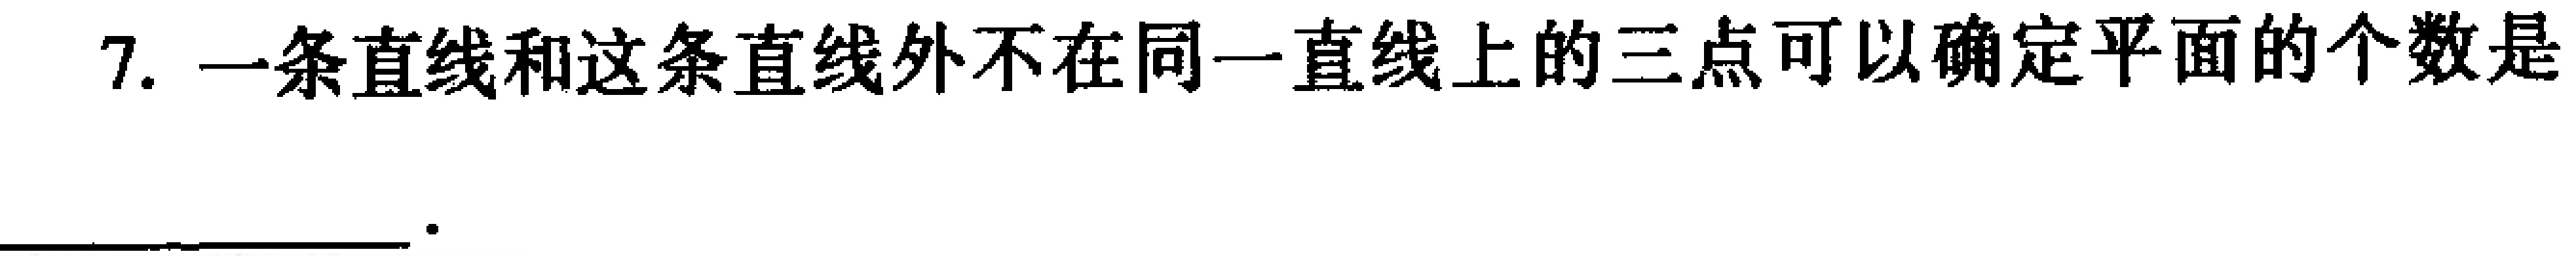
7. 一条直线和这条直线外不在同一直线上的三点可以确定平面的个数是  。